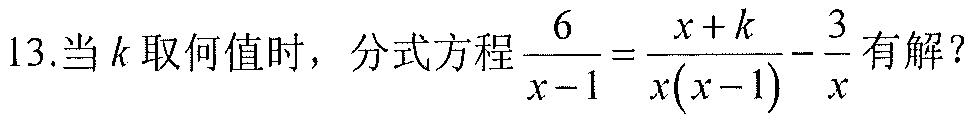
13.当 \(k\) 取何值时，分式方程\(\frac{6}{x - 1}=\frac{x + k}{x(x - 1)}-\frac{3}{x}\)有解？